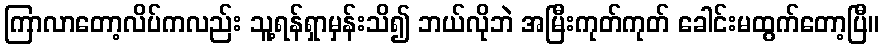
ကြာလာတော့လိပ်ကလည်း သူ့ရန်ရှာမှန်းသိ၍ ဘယ်လိုဘဲ အမြီးကုတ်ကုတ် ခေါင်းမထွက်တော့ပြီ။